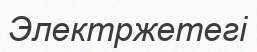
Электржетегі